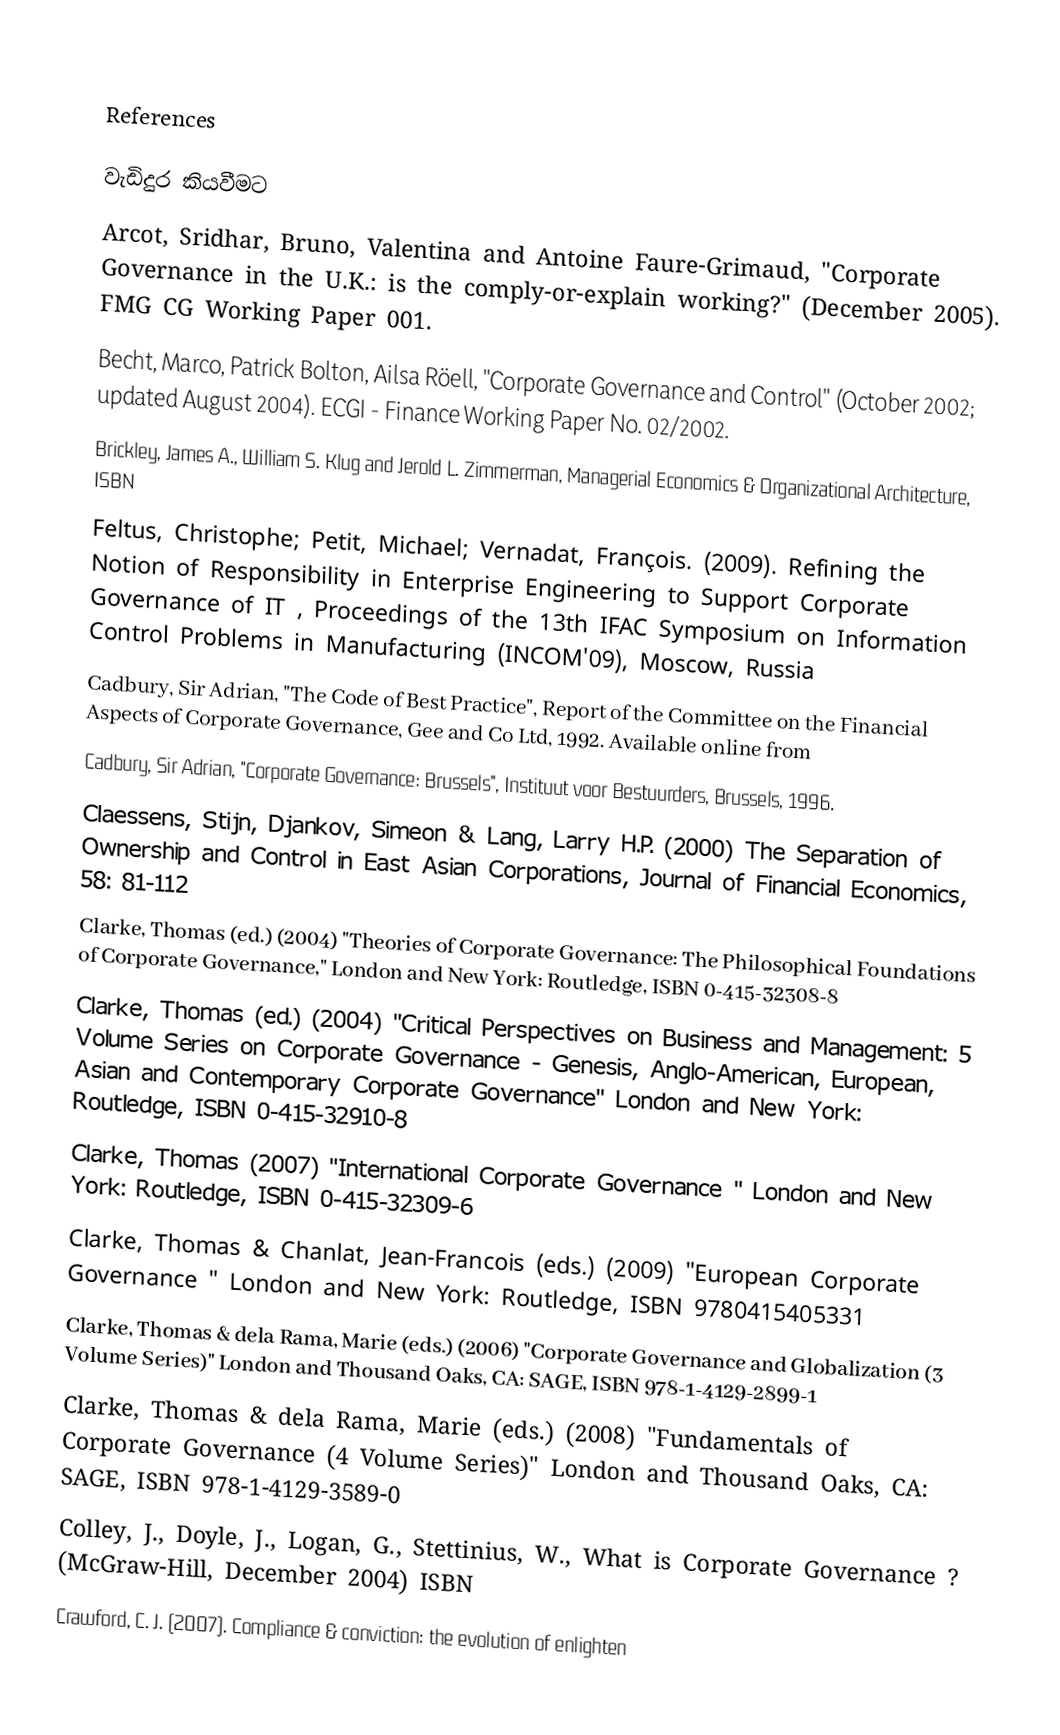

References

වැඩිදුර කියවීමට
Arcot, Sridhar, Bruno, Valentina and Antoine Faure-Grimaud, "Corporate Governance in the U.K.: is the comply-or-explain working?" (December 2005). FMG CG Working Paper 001.
Becht, Marco, Patrick Bolton, Ailsa Röell, "Corporate Governance and Control" (October 2002; updated August 2004). ECGI - Finance Working Paper No. 02/2002.
Brickley, James A., William S. Klug and Jerold L. Zimmerman, Managerial Economics & Organizational Architecture, ISBN
 Feltus, Christophe; Petit, Michael; Vernadat, François. (2009). Refining the Notion of Responsibility in Enterprise Engineering to Support Corporate Governance of IT , Proceedings of the 13th IFAC Symposium on Information Control Problems in Manufacturing (INCOM'09), Moscow, Russia
Cadbury, Sir Adrian, "The Code of Best Practice", Report of the Committee on the Financial Aspects of Corporate Governance, Gee and Co Ltd, 1992. Available online from
Cadbury, Sir Adrian, "Corporate Governance: Brussels", Instituut voor Bestuurders, Brussels, 1996.
Claessens, Stijn, Djankov, Simeon & Lang, Larry H.P. (2000) The Separation of Ownership and Control in East Asian Corporations, Journal of Financial Economics, 58: 81-112
Clarke, Thomas (ed.) (2004) "Theories of Corporate Governance: The Philosophical Foundations of Corporate Governance," London and New York: Routledge, ISBN 0-415-32308-8
Clarke, Thomas (ed.) (2004) "Critical Perspectives on Business and Management: 5 Volume Series on Corporate Governance - Genesis, Anglo-American, European, Asian and Contemporary Corporate Governance" London and New York: Routledge, ISBN 0-415-32910-8
Clarke, Thomas (2007) "International Corporate Governance " London and New York: Routledge, ISBN 0-415-32309-6
Clarke, Thomas & Chanlat, Jean-Francois (eds.) (2009) "European Corporate Governance " London and New York: Routledge, ISBN  	9780415405331
Clarke, Thomas & dela Rama, Marie (eds.) (2006) "Corporate Governance and Globalization (3 Volume Series)" London and Thousand Oaks, CA: SAGE, ISBN 978-1-4129-2899-1
Clarke, Thomas & dela Rama, Marie (eds.) (2008) "Fundamentals of Corporate Governance (4 Volume Series)" London and Thousand Oaks, CA: SAGE, ISBN 978-1-4129-3589-0
Colley, J., Doyle, J., Logan, G., Stettinius, W., What is Corporate Governance ? (McGraw-Hill, December 2004) ISBN
Crawford, C. J. (2007).  Compliance & conviction: the evolution of enlighten